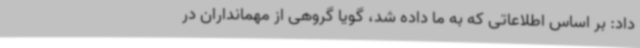
داد: بر اساس اطلاعاتی که به ما داده شد، گویا گروهی از مهمانداران در